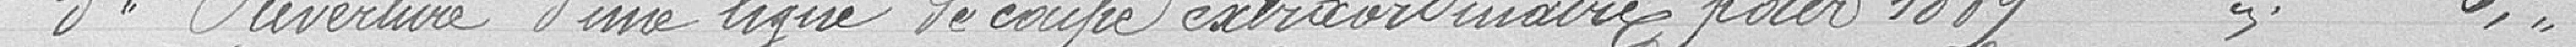
3° Ouverture d'une ligne de coupe extraordinaire pour 1889      //    6.//